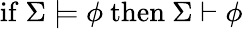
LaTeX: {\mathrm{if~}}\Sigma\models\phi{\mathrm{~then~}}\Sigma\vdash\phi